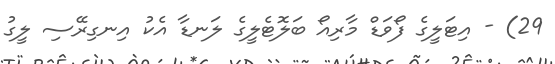
29) - އިޓަލީގެ ފޯވަޑް މާރިއޯ ބަލޮޓެލީގެ ލަނޑާ އެކު އިނގިރޭސި ލީގު